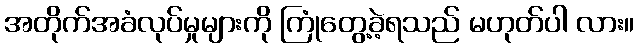
အတိုက်အခံလုပ်မှုများကို ကြုံတွေ့ခဲ့ရသည် မဟုတ်ပါ လား။